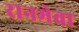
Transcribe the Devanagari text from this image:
रानमेवा